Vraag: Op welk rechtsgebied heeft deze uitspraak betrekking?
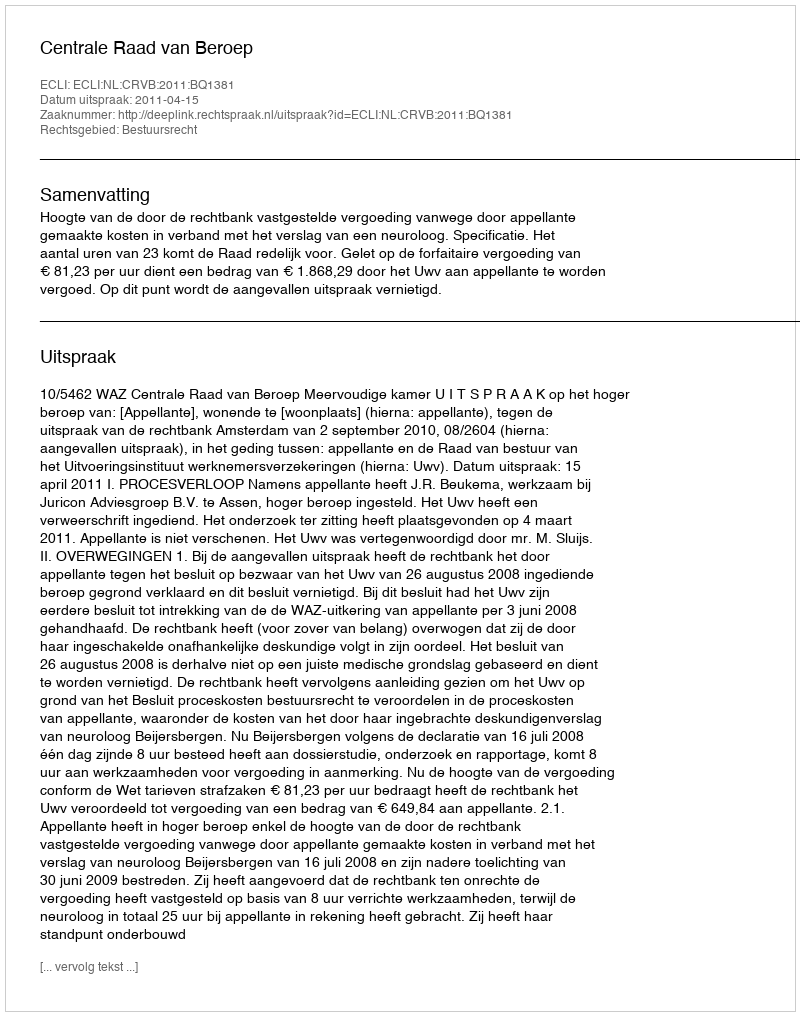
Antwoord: Bestuursrecht